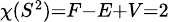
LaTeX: \scriptstyle\chi(S^{2})=F-E+V=2